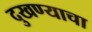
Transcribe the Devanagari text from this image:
दुखण्याचा